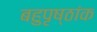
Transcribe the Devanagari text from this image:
बहुपृष्ठांक